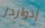
إدواردز